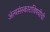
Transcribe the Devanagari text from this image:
अंत्यसंस्काराविषयीची